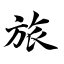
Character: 旅